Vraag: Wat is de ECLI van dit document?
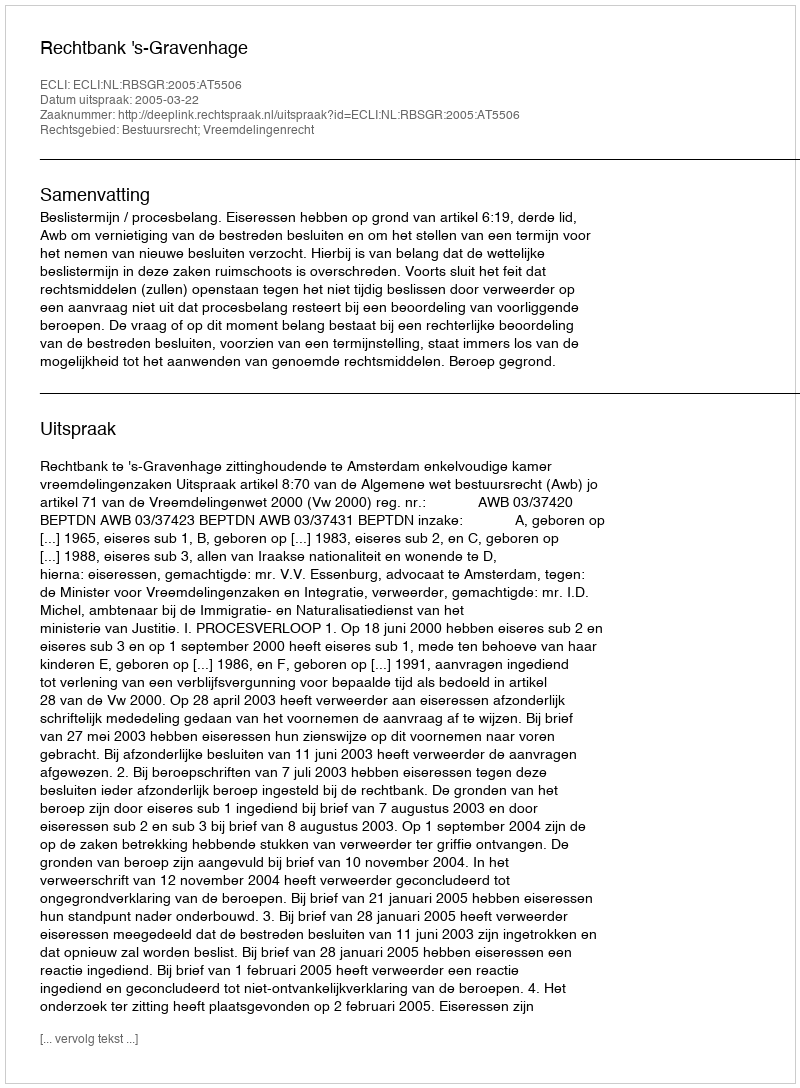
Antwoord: ECLI:NL:RBSGR:2005:AT5506